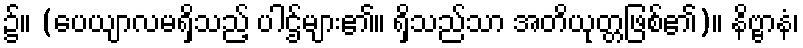
၌။ (ပေယျာလမရှိသည့် ပါဌ်များ၏။ ရှိသည်သာ အတိယုတ္တဖြစ်၏)။ နိဗ္ဗာနံ၊